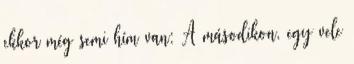
ekkor még semi hím van: A másodikon, egy vele